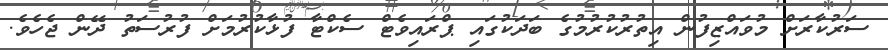
ސަރުކާރަށް މުވައްޒިފުން އިތުރުކުރުމުގެ ބަދަކުގައި ޕްރައިވެޓް ސެކްޓާ ފުޅާކުރުމަށް ފުރުސަތު ދޭން ޖެހެވެ.